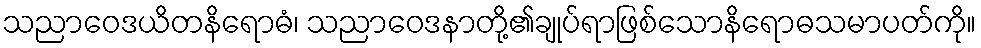
သညာဝေဒယိတနိရောဓံ၊ သညာဝေဒနာတို့၏ချုပ်ရာဖြစ်သောနိရောဓသမာပတ်ကို။